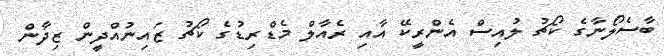
ބާސެލޯނާގެ ކޯޗު ލުއިސް އެންރީކޭ އާއި ރެއާލް މެޑްރިޑުގެ ކޯޗު ޒައިނުއްދީން ޒިދާން